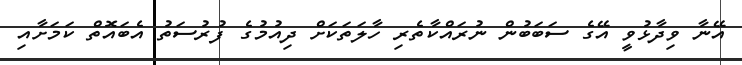
އޭނާ ވިދާޅުވީ އޭގެ ސަބަބުން ނުރައްކާތެރި ހާލަތަކަށް ދިއުމުގެ ފުރުސަތު އެބައޮތް ކަމަށާއި